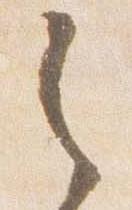
之